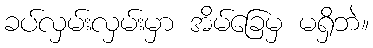
ခပ်လှမ်းလှမ်းမှာ အိမ်ခြေမှ မရှိဘဲ။